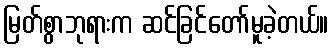
မြတ်စွာဘုရားက ဆင်ခြင်တော်မူခဲ့တယ်။